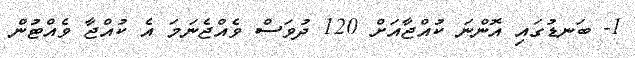
1- ބަނޑުގައި އޮންނަ ކުއްޖާއަށް 120 ދުވަސް ވެއްޖެނަމަ އެ ކުއްޖާ ވެއްޓުން